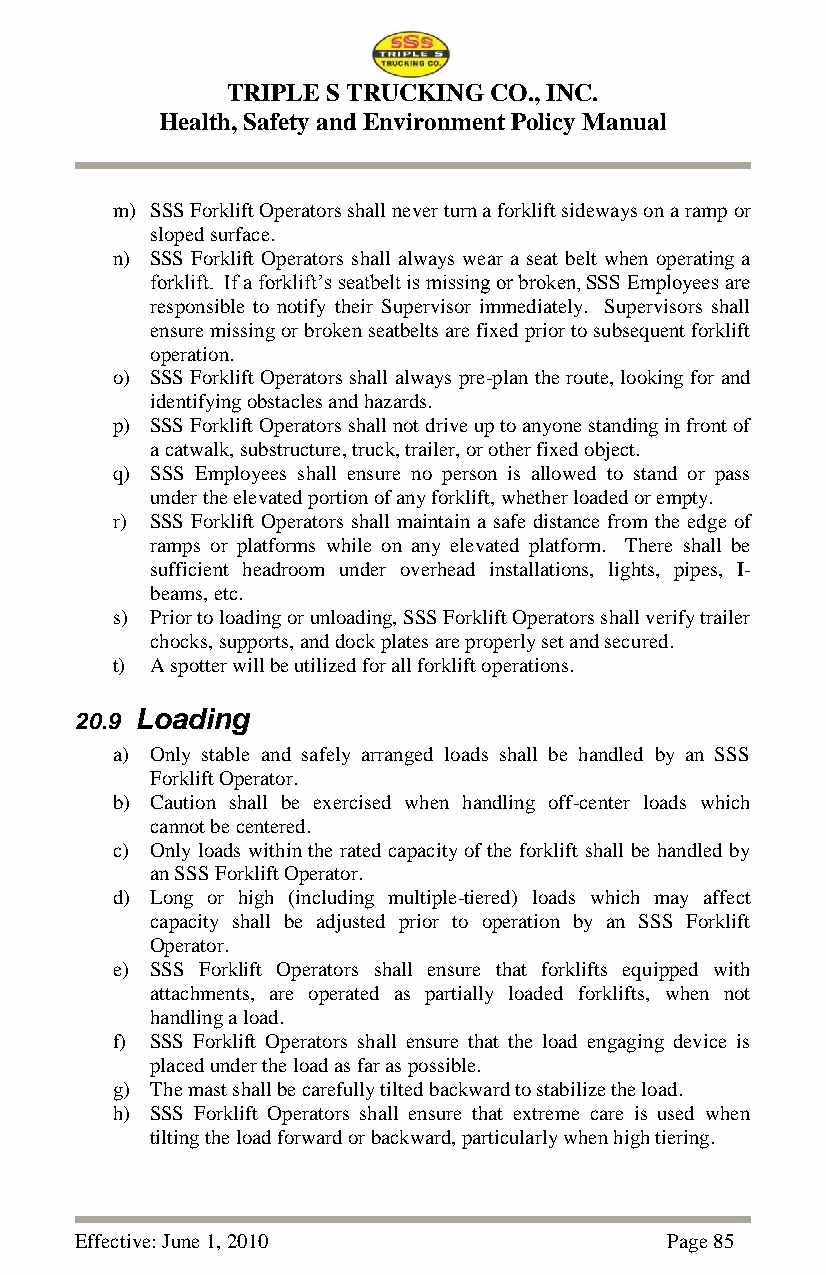
TRIPLE S TRUCKING CO., INC.
 Health, Safety and Environment Policy Manual
 m) SSS Forklift Operators shall never turn a forklift sideways on a ramp or
 sloped surface.
 n) SSS Forklift Operators shall always wear a seat belt when operating a
 forklift. If a forklift‘s seatbelt is missing or broken, SSS Employees are
 responsible to notify their Supervisor immediately. Supervisors shall
 ensure missing or broken seatbelts are fixed prior to subsequent forklift
 operation.
 o) SSS Forklift Operators shall always pre-plan the route, looking for and
 identifying obstacles and hazards.
 p) SSS Forklift Operators shall not drive up to anyone standing in front of
 a catwalk, substructure, truck, trailer, or other fixed object.
 q) SSS Employees shall ensure no person is allowed to stand or pass
 under the elevated portion of any forklift, whether loaded or empty.
 r) SSS Forklift Operators shall maintain a safe distance from the edge of
 ramps or platforms while on any elevated platform. There shall be
 sufficient headroom under overhead installations, lights, pipes, I-
 beams, etc.
 s) Prior to loading or unloading, SSS Forklift Operators shall verify trailer
 chocks, supports, and dock plates are properly set and secured.
 t) A spotter will be utilized for all forklift operations.
 20.9 Loading
 a) Only stable and safely arranged loads shall be handled by an SSS
 Forklift Operator.
 b) Caution shall be exercised when handling off-center loads which
 cannot be centered.
 c) Only loads within the rated capacity of the forklift shall be handled by
 an SSS Forklift Operator.
 d) Long or high (including multiple-tiered) loads which may affect
 capacity shall be adjusted prior to operation by an SSS Forklift
 Operator.
 e) SSS Forklift Operators shall ensure that forklifts equipped with
 attachments, are operated as partially loaded forklifts, when not
 handling a load.
 f) SSS Forklift Operators shall ensure that the load engaging device is
 placed under the load as far as possible.
 g) The mast shall be carefully tilted backward to stabilize the load.
 h) SSS Forklift Operators shall ensure that extreme care is used when
 tilting the load forward or backward, particularly when high tiering.
 Effective: June 1, 2010                Page 85